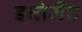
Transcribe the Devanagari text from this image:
इन्तेर्मेंट